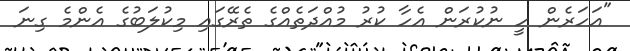
"އަހަރެން ހީ ނުކުރަން އެހާ ކުރު މުއްދަތެއްގެ ތެރޭގައި މިކުލަބުގެ އެންމެ ގިނަ